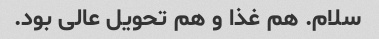
سلام. هم غذا و هم تحویل عالى بود.